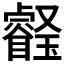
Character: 𤫀